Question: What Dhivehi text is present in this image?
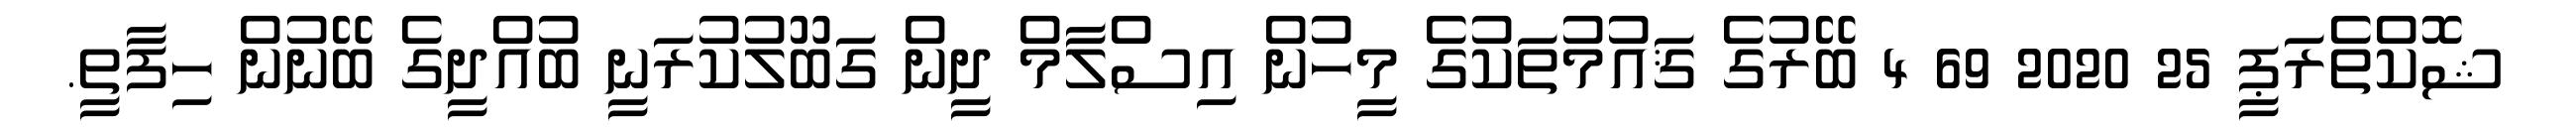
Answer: ޝޮކްތެރަޕީ 25 2020 69 4 ބޭރުގެ ޤައުމުތަކުގެ މީހުން އިސްލާމް ދީން ގަބޫލުކުރަނީ ބުއްދީގެ ބޭނުން ހިފާތީ.